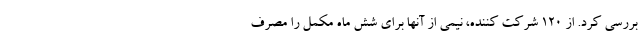
بررسی کرد. از 120 شرکت کننده، نیمی از آنها برای شش ماه مکمل را مصرف